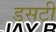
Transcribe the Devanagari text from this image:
डसटी